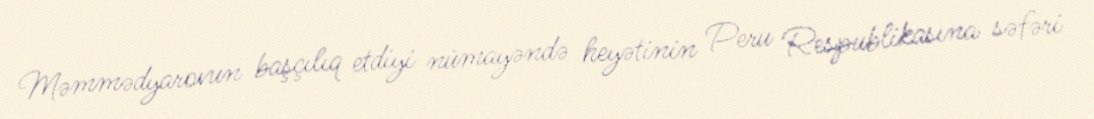
Məmmədyarovun başçılıq etdiyi nümayəndə heyətinin Peru Respublikasına səfəri